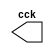
// Guia 09 - Capitulo 3
 // Nome: Karen Alves Pereira
 // Data: 14/04/2011
 
 //-- Clock
 module clock ( cck );
 output cck;
 reg    cck;

  initial
   begin
    cck = 1'b0;
   end

  always
   begin
    #12 cck = ~cck;
   end 
 endmodule
 
 
 module exercicio04 ( signal,clock );
 input  clock;
 output signal;
 reg    signal;

  
 always @ ( negedge clock )
  begin
  		  signal = 1'b1;
    #48 signal = 1'b0;
  end
 endmodule

 //-- Teste
 module teste;

 wire  clock;
 clock cck1 ( clock );
 wire saida;
 
 exercicio04 EX04 (saida,clock);

 initial begin
  $display ( "Guia09 - Exercicio04 - Karen Alves - 407451" );
  $dumpfile ( "Guia09_Exercicio04.vcd" );
  $dumpvars (1,clock,saida);
  #120 $finish;
  
 end
 endmodule